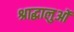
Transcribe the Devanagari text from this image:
श्राद्धालुओं